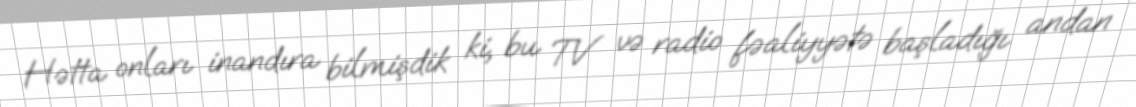
Hətta onları inandıra bilmişdik ki, bu TV və radio fəaliyyətə başladığı andan